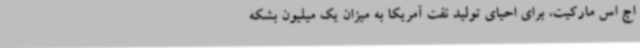
اچ اس مارکیت، برای احیای تولید نفت آمریکا به میزان یک میلیون بشکه